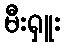
မီးရှူး